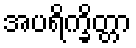
အပရိက္ခိတ္တာ